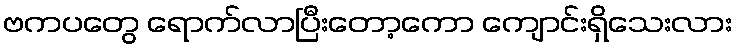
ဗကပတွေ ရောက်လာပြီးတော့ကော ကျောင်းရှိသေးလား